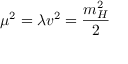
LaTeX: \mu ^ { 2 } = \lambda v ^ { 2 } = { \frac { m _ { H } ^ { 2 } } { 2 } }